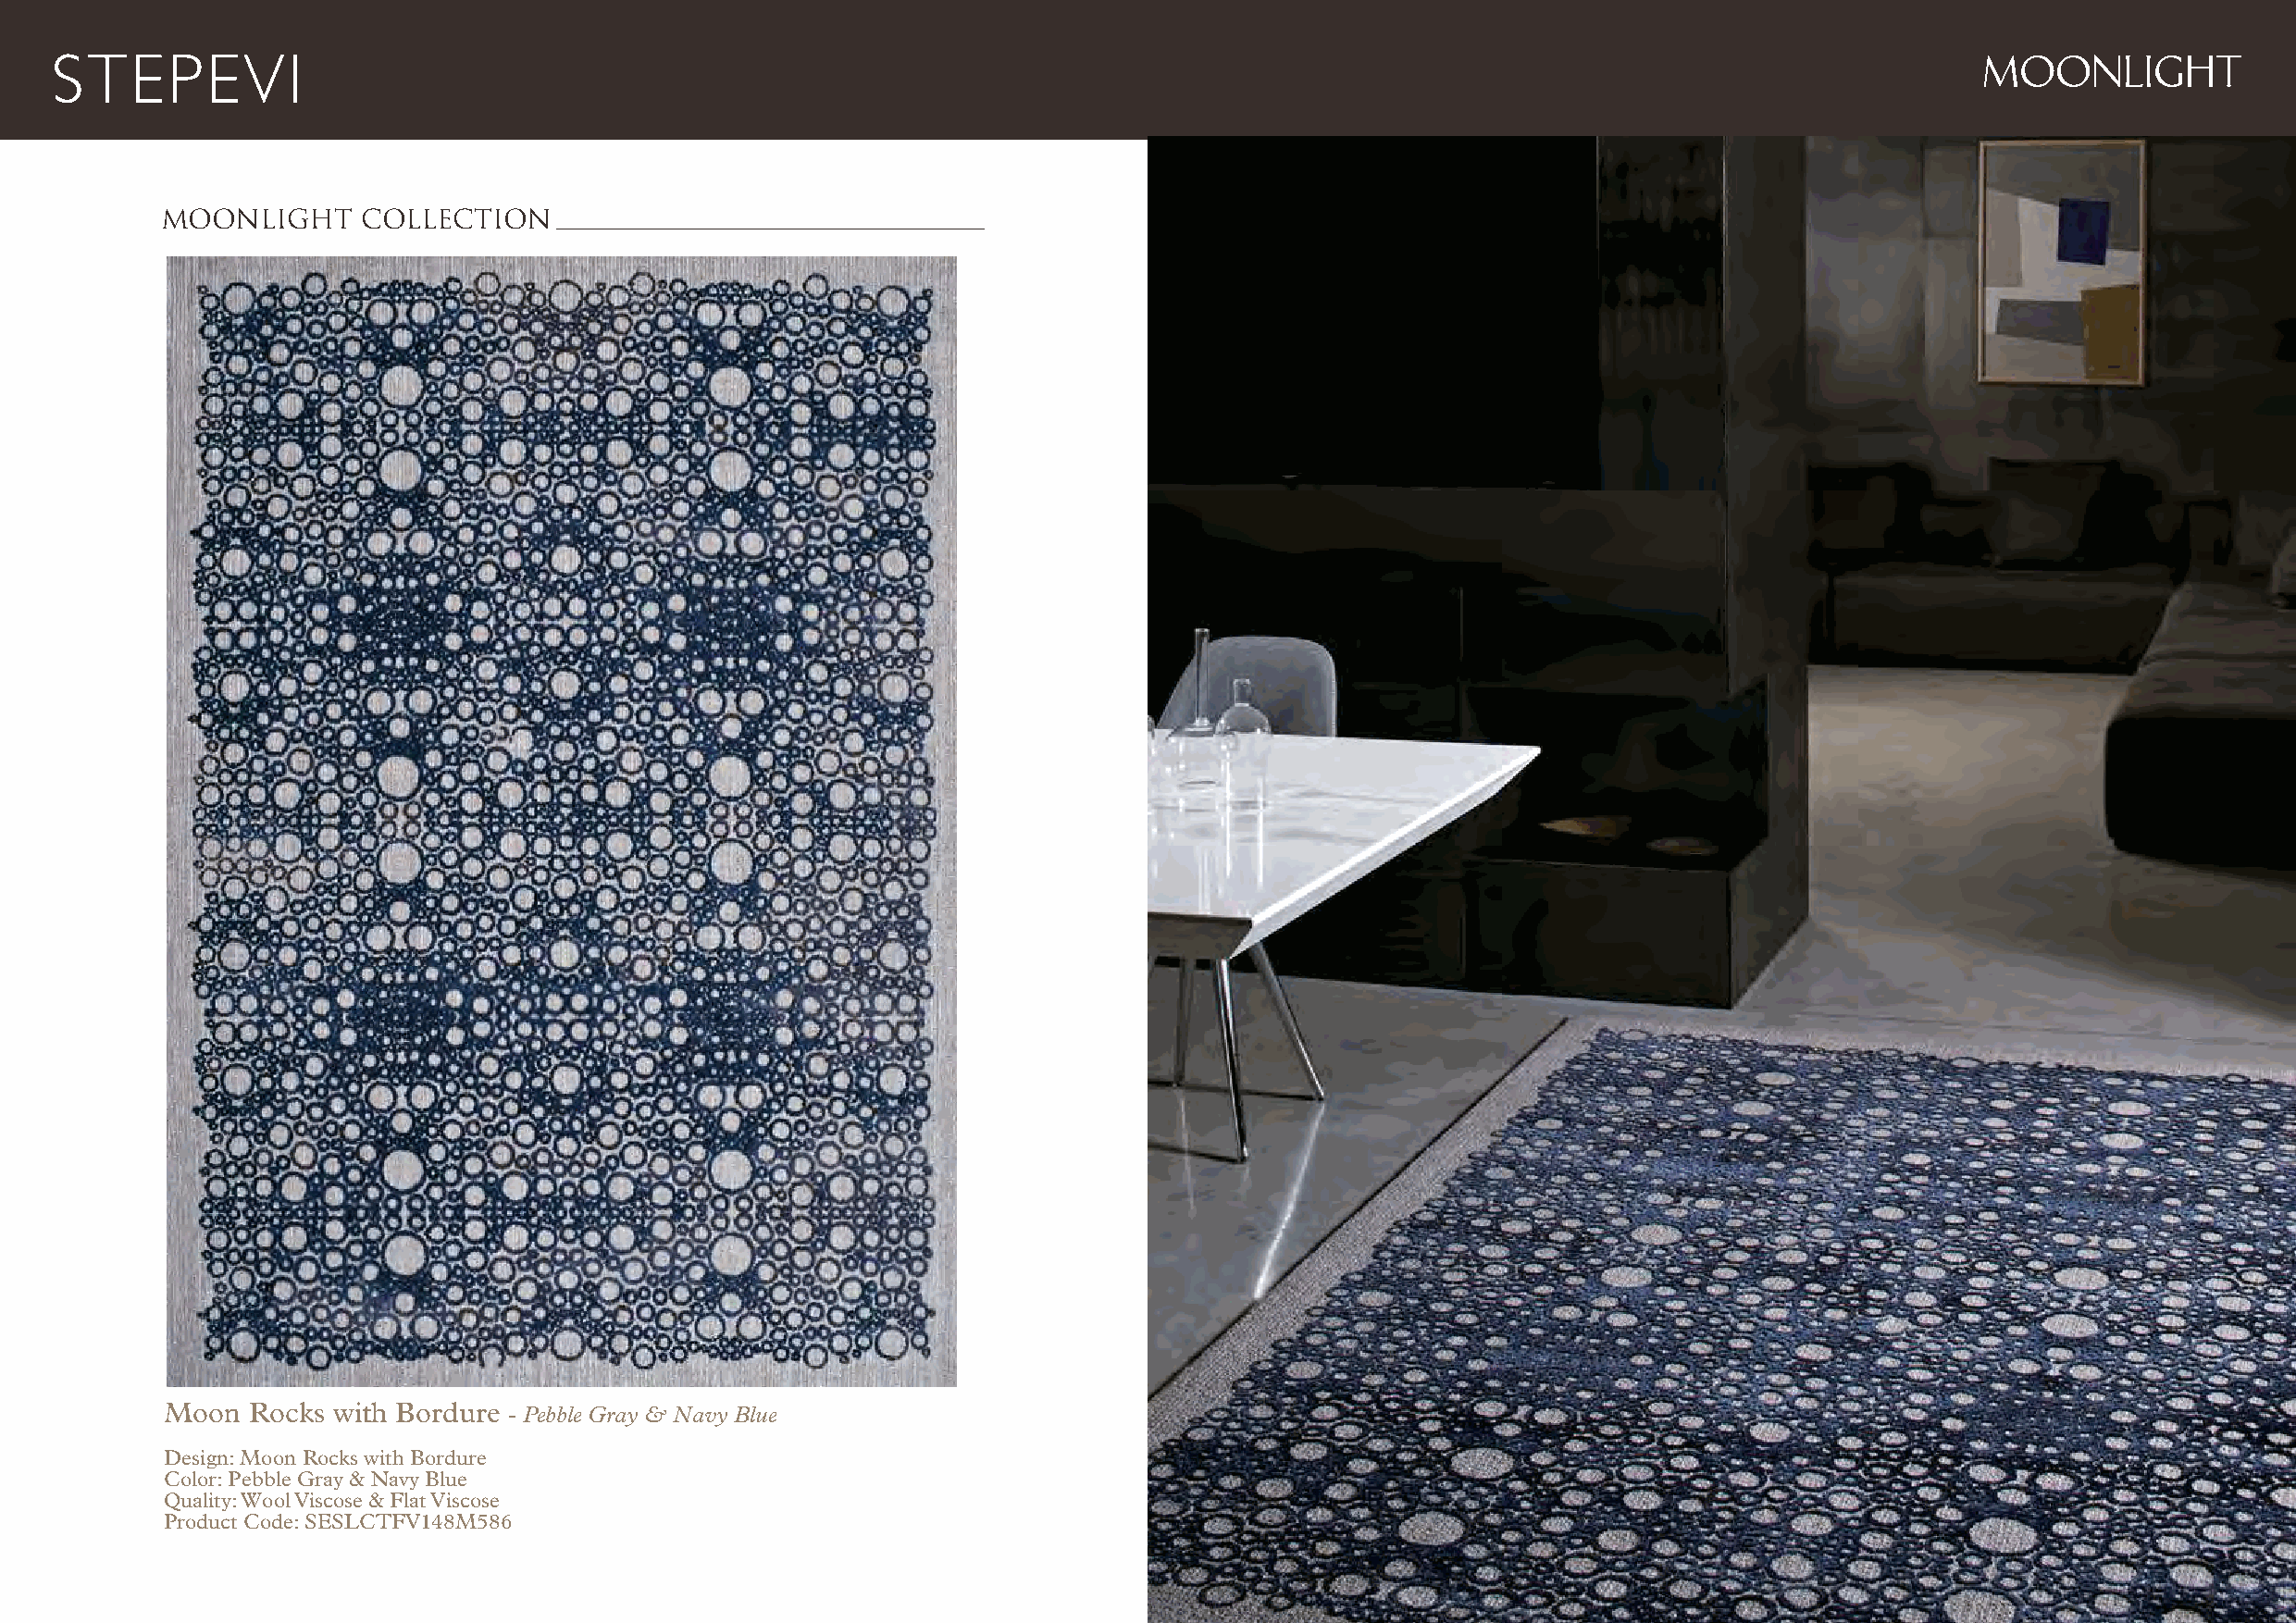
MOONLIGHT
 MOONLIGHT     COLLECTION
 Moon  Rocks with Bordure - Pebble Gray & Navy Blue
 Design: Moon Rocks with Bordure
 Color: Pebble Gray & Navy Blue
 Quality: Wool Viscose & Flat Viscose
 Product Code: SESLCTFV148M586